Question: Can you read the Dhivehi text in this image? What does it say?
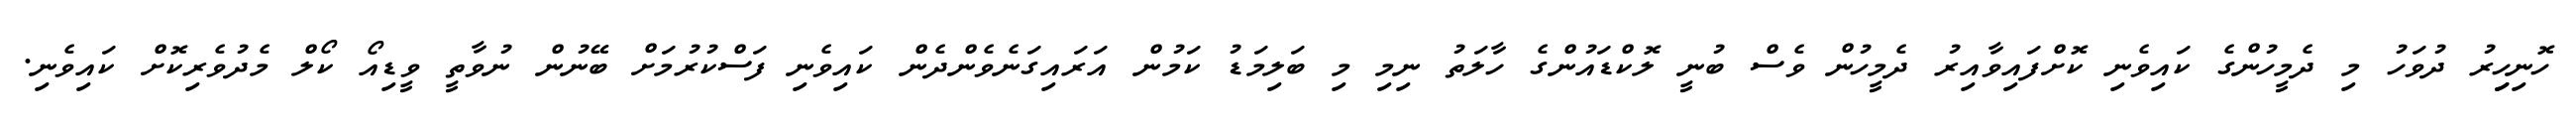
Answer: ހޮނިހިިރު ދުވަހު މި ދެމީހުންގެ ކައިވެނި ކޮށްފައިވާއިރު ދެމީހުން ވެސް ބުނީ ލޮކްޑައުންގެ ހާލަތު ނިމި މި ބަލިމަޑު ކަމުން އަރައިގަނެވެންދެން ކައިވެނި ފަސްކުރުމަށް ބޭނުން ނުވާތީ ވީޑިއޯ ކޯލް މެދުވެރިކޮށް ކައިވެނި.